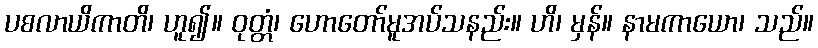
ပစလာယိကာတိ၊ ဟူ၍။ ဝုတ္တံ၊ ဟောတော်မူအပ်သနည်း။ ဟိ၊ မှန်။ နာမကာယော၊ သည်။